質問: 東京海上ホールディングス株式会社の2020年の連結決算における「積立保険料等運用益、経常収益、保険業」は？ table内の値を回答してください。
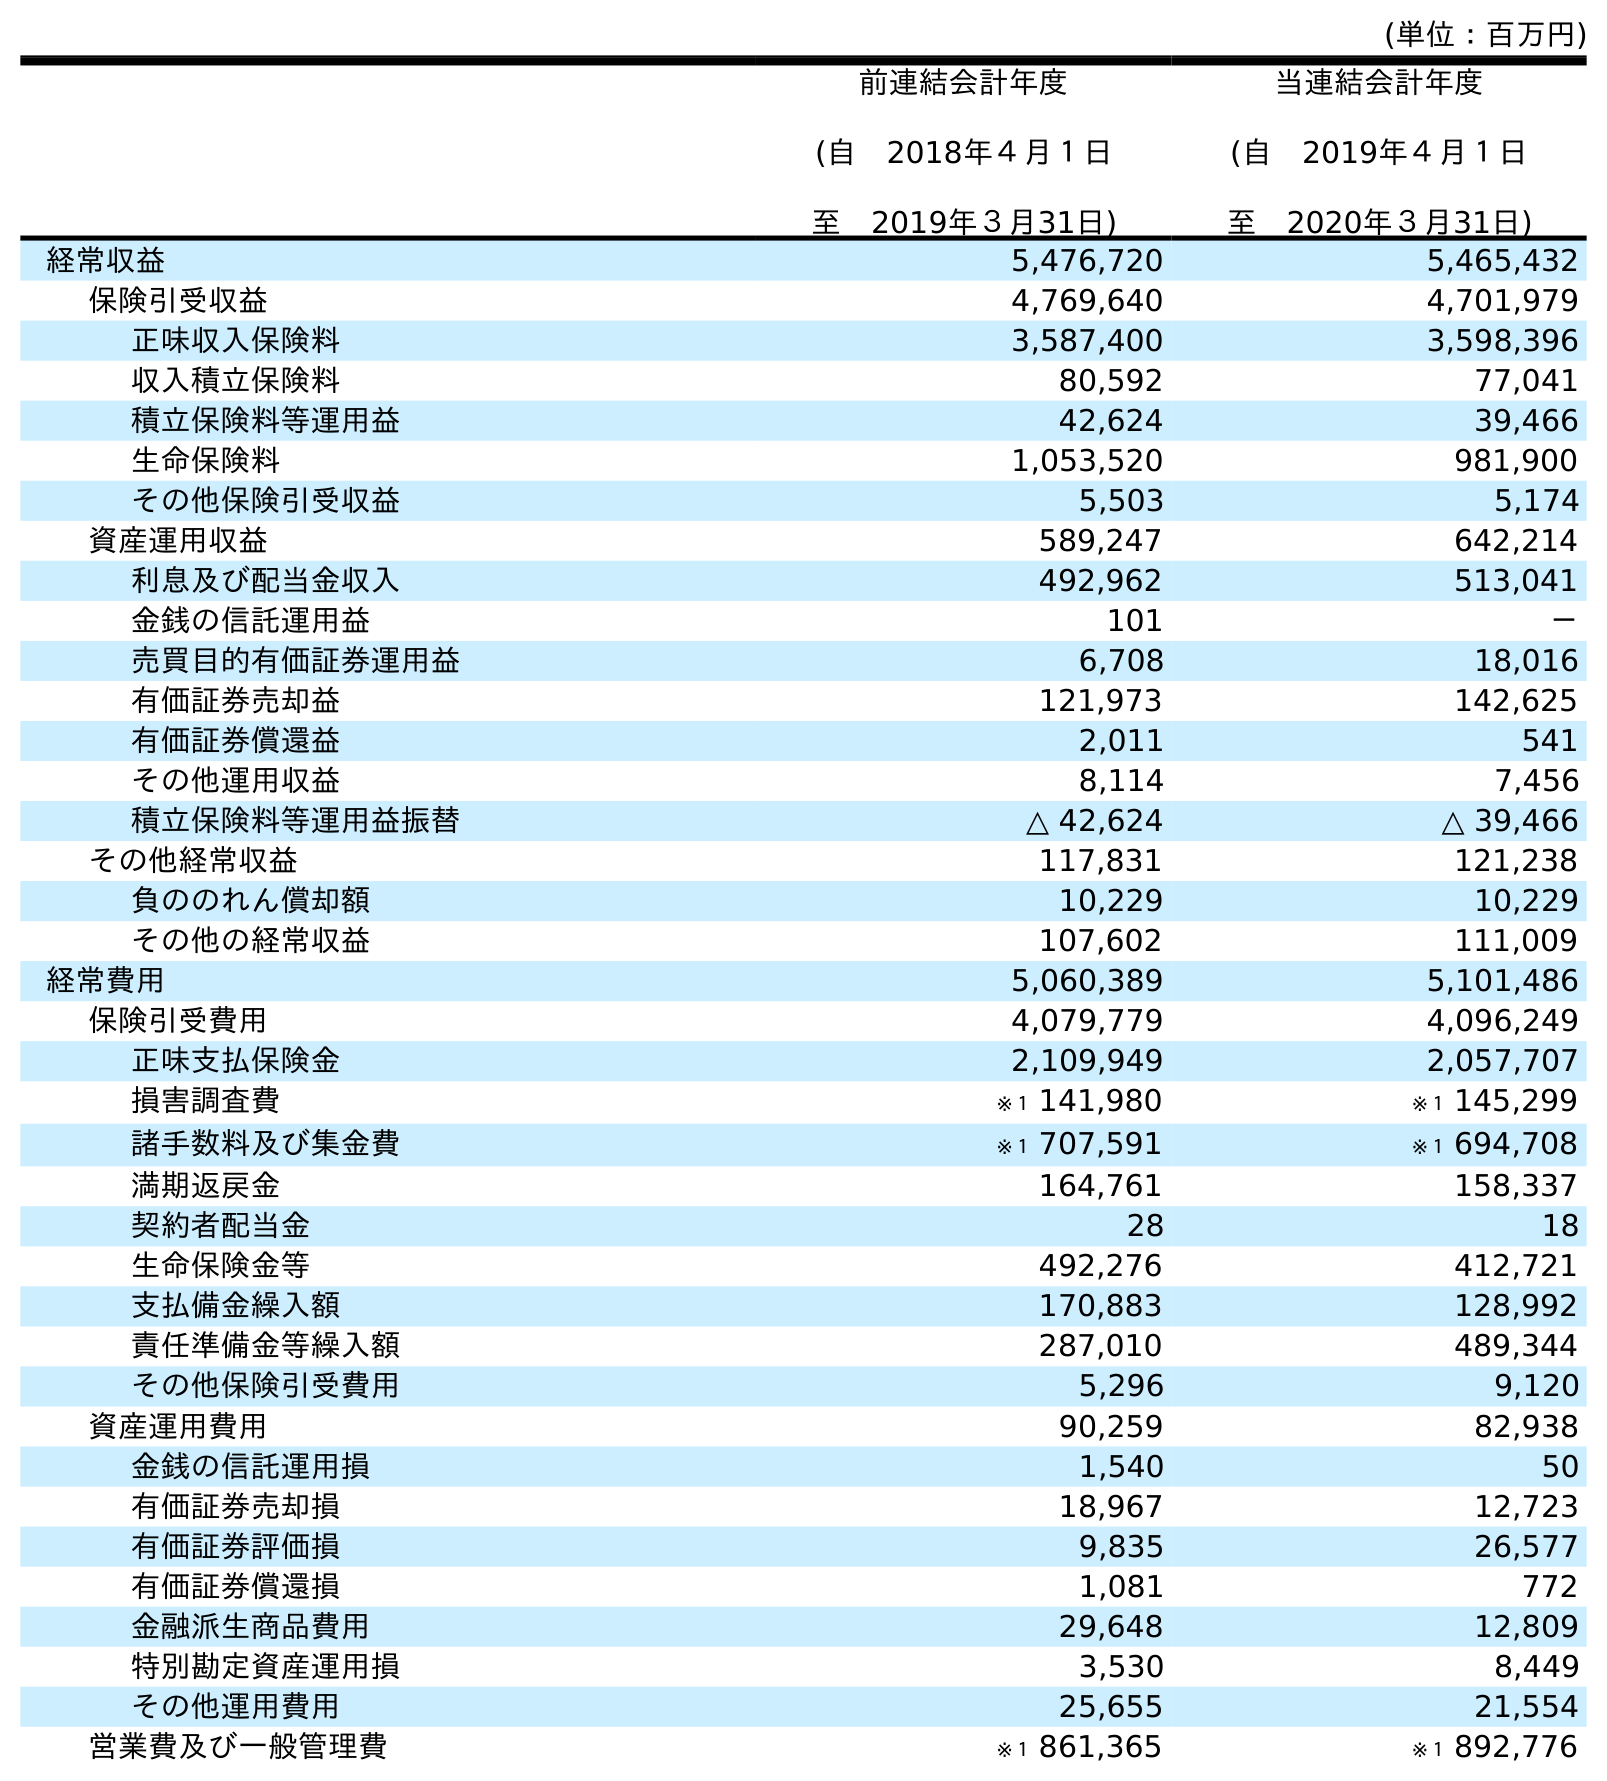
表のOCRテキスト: (単位：百万円) 前連結会計年度 (自 2018年４月１日 至 2019年３月31日) 当連結会計年度 (自 2019年４月１日 至 2020年３月31日) 経常収益 5,476,720 5,465,432 保険引受収益 4,769,640 4,701,979 正味収入保険料 3,587,400 3,598,396 収入積立保険料 80,592 77,041 積立保険料等運用益 42,624 39,466 生命保険料 1,053,520 981,900 その他保険引受収益 5,503 5,174 資産運用収益 589,247 642,214 利息及び配当金収入 492,962 513,041 金銭の信託運用益 101 － 売買目的有価証券運用益 6,708 18,016 有価証券売却益 121,973 142,625 有価証券償還益 2,011 541 その他運用収益 8,114 7,456 積立保険料等運用益振替 △ 42,624 △ 39,466 その他経常収益 117,831 121,238 負ののれん償却額 10,229 10,229 その他の経常収益 107,602 111,009 経常費用 5,060,389 5,101,486 保険引受費用 4,079,779 4,096,249 正味支払保険金 2,109,949 2,057,707 損害調査費 ※１ 141,980 ※１ 145,299 諸手数料及び集金費 ※１ 707,591 ※１ 694,708 満期返戻金 164,761 158,337 契約者配当金 28 18 生命保険金等 492,276 412,721 支払備金繰入額 170,883 128,992 責任準備金等繰入額 287,010 489,344 その他保険引受費用 5,296 9,120 資産運用費用 90,259 82,938 金銭の信託運用損 1,540 50 有価証券売却損 18,967 12,723 有価証券評価損 9,835 26,577 有価証券償還損 1,081 772 金融派生商品費用 29,648 12,809 特別勘定資産運用損 3,530 8,449 その他運用費用 25,655 21,554 営業費及び一般管理費 ※１ 861,365 ※１ 892,776
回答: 39,466